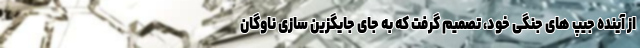
از آینده جیپ های جنگی خود، تصمیم گرفت که به جای جایگزین سازی ناوگان